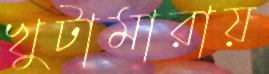
খুটামারায়